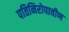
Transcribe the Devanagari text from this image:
पतिनिरोपावीण